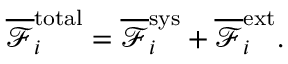
\overline { { \mathcal { F } } } _ { i } ^ { \mathrm { t o t a l } } = \overline { { \mathcal { F } } } _ { i } ^ { \mathrm { s y s } } + \overline { { \mathcal { F } } } _ { i } ^ { \mathrm { e x t } } .